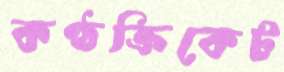
কণ্ঠক্রিকেট